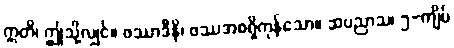
ဣတိ၊ ဤသို့လျှင်။ ဖဿာဒီနိ၊ ဖဿအစရှိကုန်သော။ ဆပညာသ၊ ၅-ကျိပ်